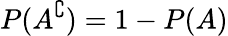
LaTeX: P(A^{\complement})=1-P(A)